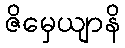
ဇိမှေယျာနိ